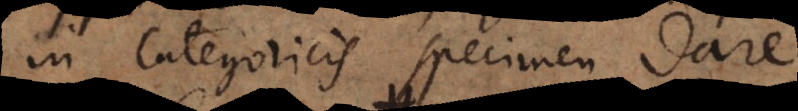
in categoricis specimen dare.